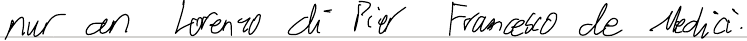
nur an Lorenzo di Pier Francesco de Medici.